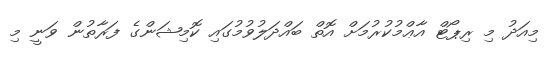
މިއަދު މި ރިޕޯޓް އާޢްމުކުރުމަށް އޮތް ބައްދަލުވުމުގައި ކޮމިޝަންގެ ފަރާތުން ވަނީ މި